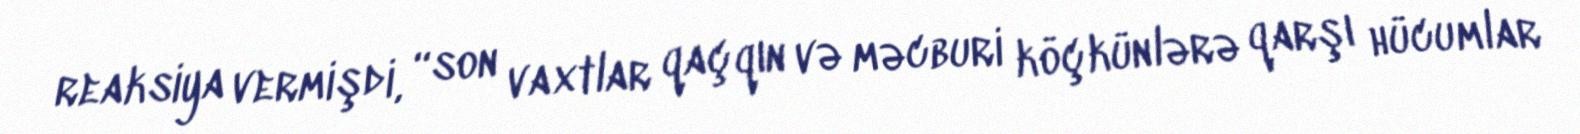
reaksiya vermişdi, “son vaxtlar qaçqın və məcburi köçkünlərə qarşı hücumlar